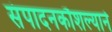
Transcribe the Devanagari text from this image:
संपादनकौशल्याने